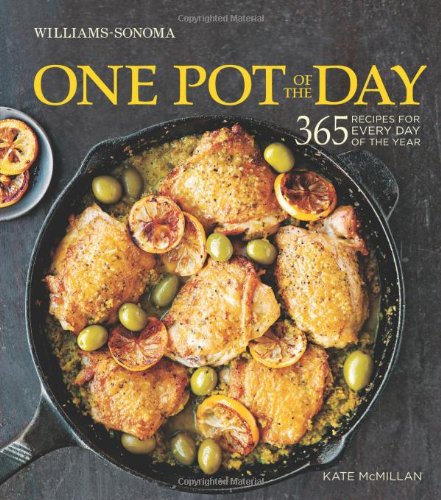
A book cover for One Pot of the Day (Williams-Sonoma): 365 recipes for every day of the year; Kate McMillan; Cookbooks, Food & Wine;